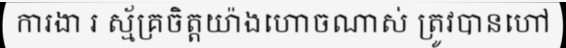
ការងា រ ស្ម័គ្រចិត្តយ៉ាងហោចណាស់ ត្រូវបានហៅ